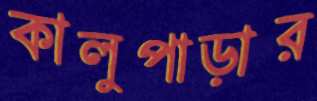
কালুপাড়ার